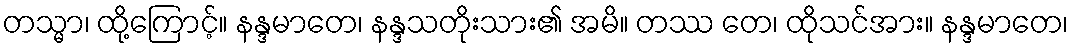
တသ္မာ၊ ထို့ကြောင့်။ နန္ဒမာတေ၊ နန္ဒသတိုးသား၏ အမိ။ တဿ တေ၊ ထိုသင်အား။ နန္ဒမာတေ၊